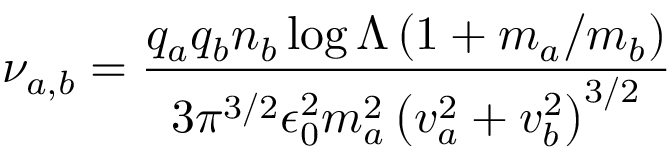
\nu _ { a , b } = \frac { q _ { a } q _ { b } n _ { b } \log \Lambda \left( 1 + m _ { a } / m _ { b } \right) } { 3 \pi ^ { 3 / 2 } \epsilon _ { 0 } ^ { 2 } m _ { a } ^ { 2 } \left( v _ { a } ^ { 2 } + v _ { b } ^ { 2 } \right) ^ { 3 / 2 } }